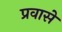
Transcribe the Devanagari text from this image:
प्रवासे